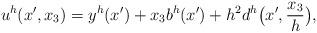
LaTeX: \begin{align*}u^h(x', x_3) = y^h(x')+x_3b^h(x') + h^2 d^h\big(x', \frac{x_3}{h}\big),\end{align*}